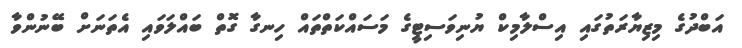
އަބްދުގެ މިޒިޔާރަތުގައި އިސްލާމިކް ޔުނިވަސިޓީގެ މަސައްކަތްތައް ހިނގާ ގޮތް ބައްލަވައި އެތަނަށް ބޭނުންވާ